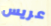
عريس